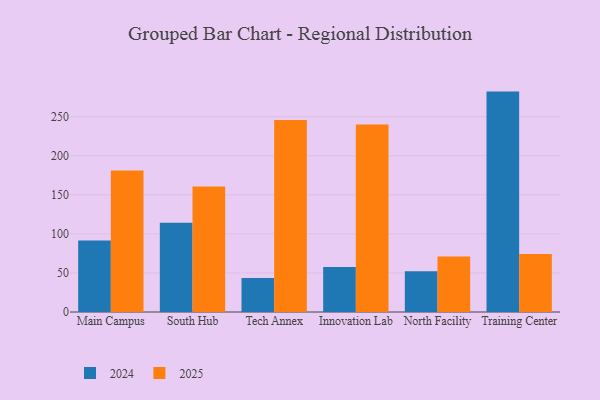
{"axis": {"x": "Campus", "y": "Website Visitors"}, "legend": ["2024", "2025"], "data": [{"x": "Main Campus", "y": 91.5, "type": "2024"}, {"x": "Main Campus", "y": 181.2, "type": "2025"}, {"x": "South Hub", "y": 114.3, "type": "2024"}, {"x": "South Hub", "y": 160.6, "type": "2025"}, {"x": "Tech Annex", "y": 43.6, "type": "2024"}, {"x": "Tech Annex", "y": 245.6, "type": "2025"}, {"x": "Innovation Lab", "y": 57.6, "type": "2024"}, {"x": "Innovation Lab", "y": 240.0, "type": "2025"}, {"x": "North Facility", "y": 52.1, "type": "2024"}, {"x": "North Facility", "y": 71.1, "type": "2025"}, {"x": "Training Center", "y": 282.0, "type": "2024"}, {"x": "Training Center", "y": 74.2, "type": "2025"}]}